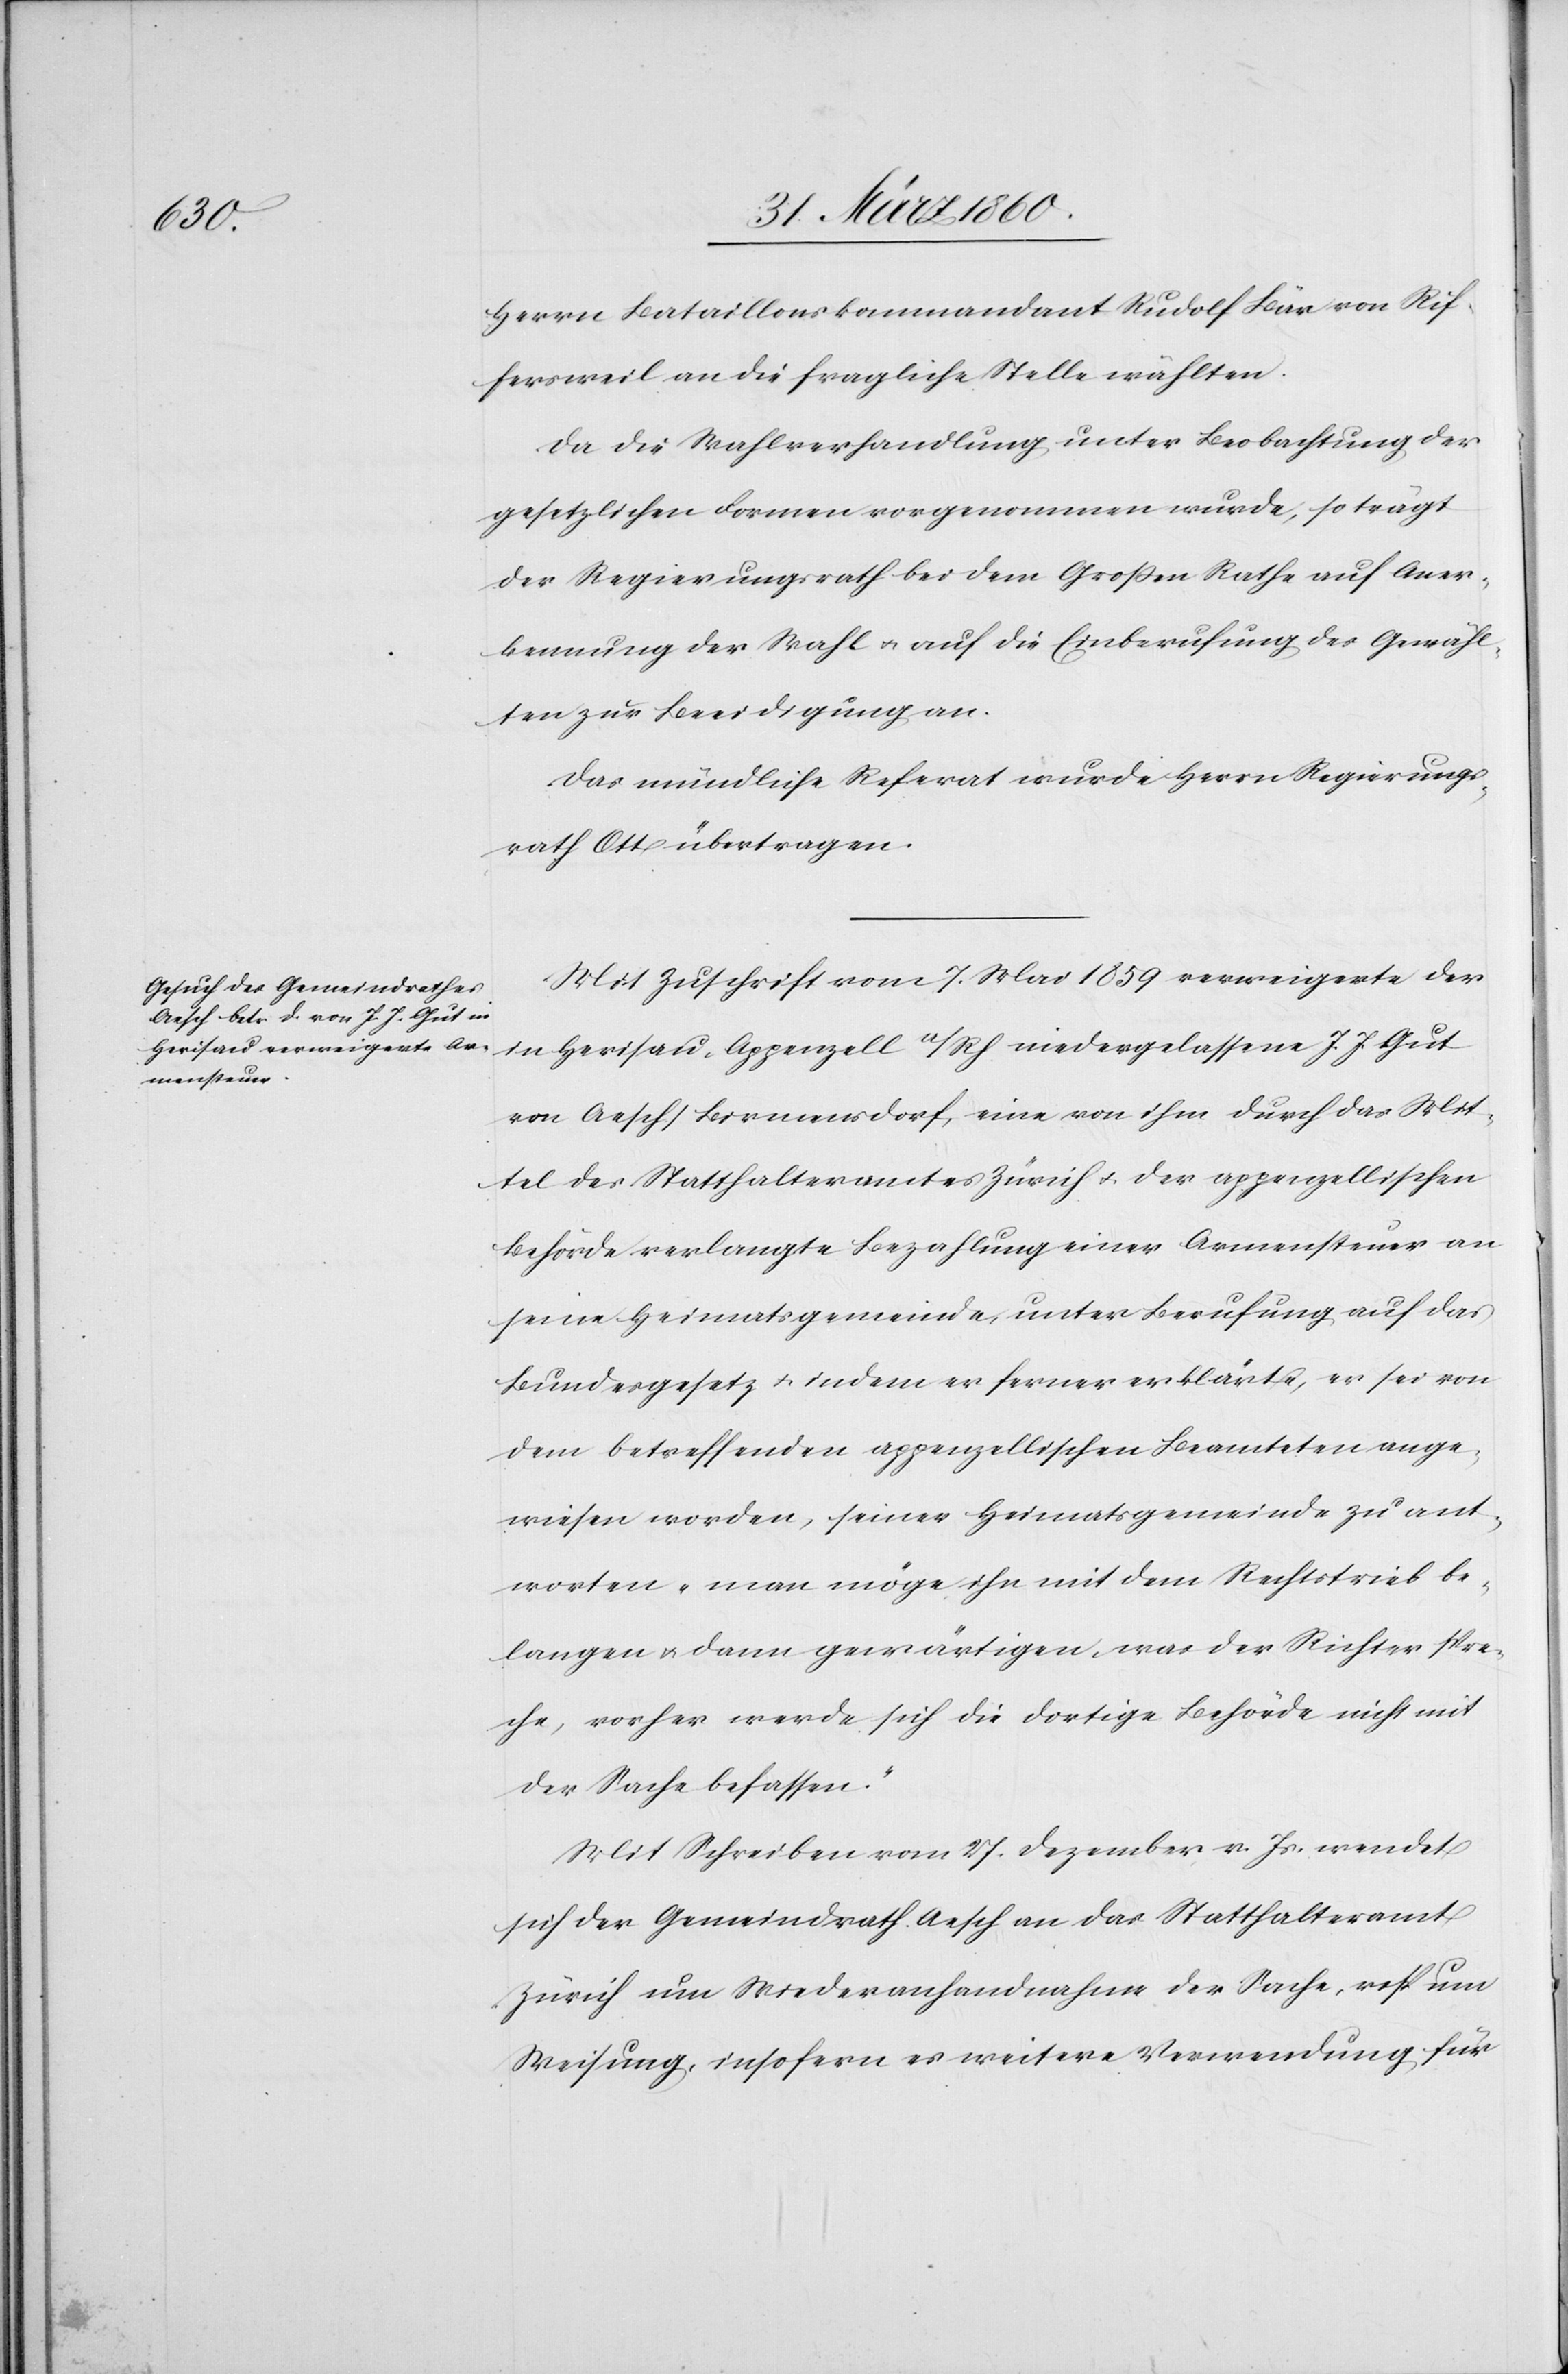
Herrn Bataillonskommandant Rudolf Bär von Rif¬
fersweil an die fragliche Stelle wählten.
Da die Wahlverhandlung unter Beobachtung der
gesetzlichen Formen vorgenommen wurde, so trägt
der Regierungsrath bei dem Grossen Rathe auf Aner¬
kennung der Wahl u. auf die Einberufung des Gewähl¬
ten zur Beeidigung an.
Das mündliche Referat wurde Herrn Regierungs¬
rath Ott übertragen.
Mit Zuschrift vom 7. Mai 1859 verweigerte der
in Herisau-Appenzell a/Rh. niedergelassene J. J. Gut
von Aesch/Birmensdorf, eine von ihm durch das Mit¬
tel des Statthalteramtes Zürich u. der appenzellischen
Behörde verlangte Bezahlung einer Armensteuer an
seine Heimatsgemeinde, unter Berufung auf das
Bundesgesetz u. indem er ferner erklärt, er sei von
dem betreffenden appenzellischen Beamteten ange¬
wiesen worden, seiner Heimatsgemeinde zu ant¬
worten „man möge ihn mit dem Rechtstrieb be¬
langen u. dann gewärtigen, was der Richter spre¬
che, vorher werde sich die dortige Behörde nicht mit
der Sache befassen.“
Mit Schreiben vom 27. Dezember v. Js. wendet
sich der Gemeindrath Aesch an das Statthalteramt
Zürich um Wiederanhandnahme der Sache, resp. um
Weisung, insofern es weitere Verwendung für